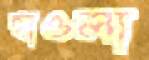
হাওলা